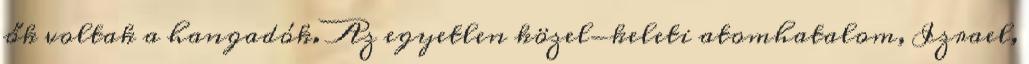
ők voltak a hangadók. Az egyetlen közel-keleti atomhatalom, Izrael,